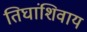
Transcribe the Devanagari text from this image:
तिघांशिवाय